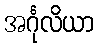
အင်္ဂုလိယာ